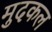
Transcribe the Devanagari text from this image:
मुदकल